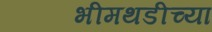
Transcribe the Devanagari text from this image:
भीमथडीच्या